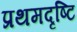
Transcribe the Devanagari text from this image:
प्रथमदृष्टि